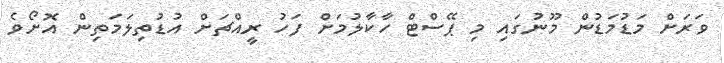
ވަރަށް މަޑުމަޑުން މޫނުގައި މި ޕޭސްޓް ހާކާލުމަށް ފަހު ރީއްޗަށް އުޑުތިލަމަތިން އޮށޯވެ